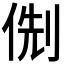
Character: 𠊏